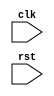
module sequential_logic_block (
    input wire clk,
    input wire rst,
    // other input and output ports
);

reg [7:0] data; // example 8-bit data register

always @ (posedge clk or negedge rst)
begin
    if (!rst)
        data <= 8'b0; // reset the data register
    else
    begin
        // perform logic operations or assignments based on clk signal
        // for example, incrementing the data register on positive edge of clk
        if (clk)
            data <= data + 1;
    end
end

// other logic operations or assignments

endmodule